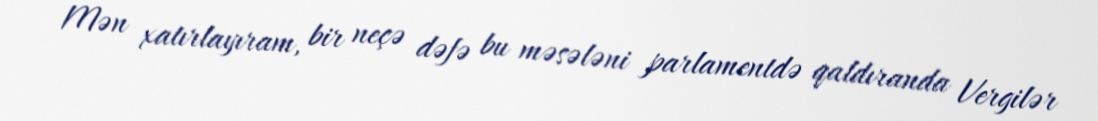
Mən xatırlayıram, bir neçə dəfə bu məsələni parlamentdə qaldıranda Vergilər